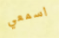
اسمعي